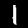
Digit: 1